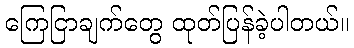
ကြေငြာချက်တွေ ထုတ်ပြန်ခဲ့ပါတယ်။